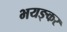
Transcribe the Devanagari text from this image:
भयङ्कर